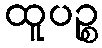
ထူပဉ္စ